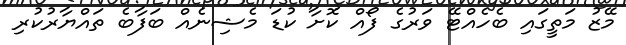
މޭޒު މަތީގައި ބެހެއްޓޭ ވަރުގެ ފޯއް ކޮށާ ކުޑަ މެޝިނެއް ބަފާބެ ތައްޔާރުކުރި